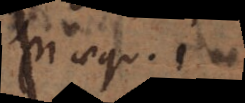
µ aequ. 1.